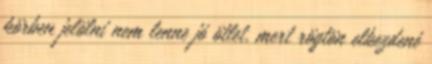
körben jelölni nem lenne jó ötlet, mert rögtön elkezdené